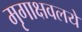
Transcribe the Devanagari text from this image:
मृगाक्षवलये